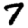
Digit: 7